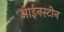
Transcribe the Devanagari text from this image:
आईनस्टीन